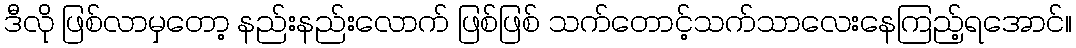
ဒီလို ဖြစ်လာမှတော့ နည်းနည်းလောက် ဖြစ်ဖြစ် သက်တောင့်သက်သာလေးနေကြည့်ရအောင်။